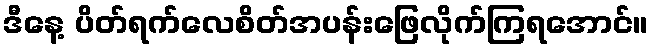
ဒီနေ့ ပိတ်ရက်လေစိတ်အပန်းဖြေလိုက်ကြရအောင်။